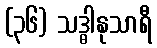
(၃၆) သဒ္ဓါနုသာရီ